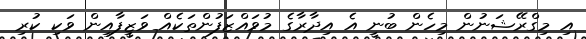
އި މިގްރޭޝަނުން މިހެން ބުނީ އެ އިދާރާގެ މުވައްޒަފުންތަކެއް ވަޒީފާއިން ވަކި ކުރި